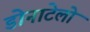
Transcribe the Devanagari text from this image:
डोनाटेलो